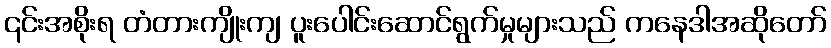
၎င်းအစိုးရ တံတားကျိုးကျ ပူးပေါင်းဆောင်ရွက်မှုများသည် ကနေဒါအဆိုတော်